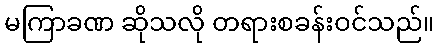
မကြာခဏ ဆိုသလို တရားစခန်းဝင်သည်။